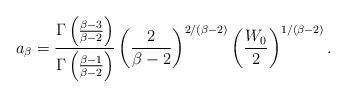
LaTeX: \begin{align*}a_{\beta} = \frac{\Gamma\left(\frac{\beta-3}{\beta-2}\right)}{\Gamma\left(\frac{\beta-1}{\beta-2}\right)}\left(\frac{2}{\beta-2}\right)^{2/(\beta-2)}\left(\frac{W_{0}}{2}\right)^{1/(\beta-2)}.\end{align*}